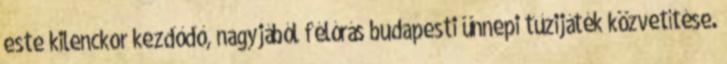
este kilenckor kezdődő, nagyjából félórás budapesti ünnepi tűzijáték közvetítése.